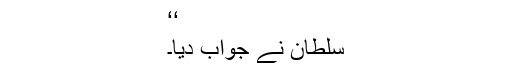
‘‘
سلطان نے جواب دیا۔